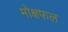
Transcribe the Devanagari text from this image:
मोक्षफल